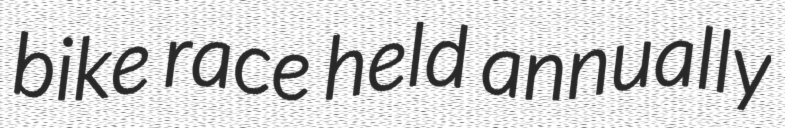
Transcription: bike race held annually